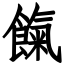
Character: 餼